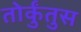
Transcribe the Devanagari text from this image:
तोर्कुंतुस